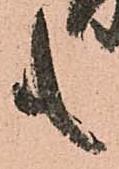
も